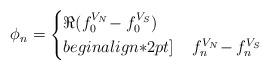
LaTeX: \begin{align*} \phi_n = \begin{cases}\Re (f^{V_N}_0 \!- f^{V_S}_0) & \\begin{align*}2pt]\phantom{\Re(}f^{V_N}_n \!- f^{V_S}_n & \end{cases}\end{align*}